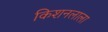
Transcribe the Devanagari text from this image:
किशनलाला